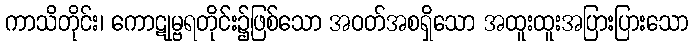
ကာသိတိုင်း၊ ကောဋုမ္ဗရတိုင်း၌ဖြစ်သော အဝတ်အစရှိသော အထူးထူးအပြားပြားသော